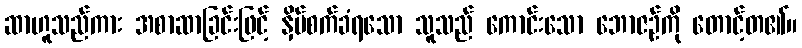
ဆာဟူသည်ကား အစာဆာခြင်းဖြင့် နှိပ်စက်ခံရသော သူသည် ကောင်းသော ဘောဇဉ်ကို တောင့်တ၏။